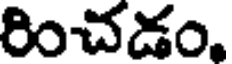
రించడం,